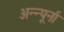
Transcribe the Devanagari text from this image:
अन्न्पूर्ना